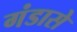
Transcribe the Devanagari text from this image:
गंडासे